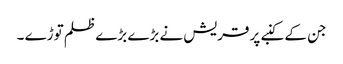
جن کے کنبے پر قریش نے بڑے بڑے ظلم توڑے ۔